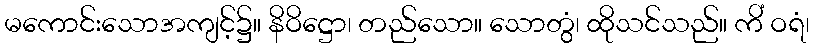
မကောင်းသောအကျင့်၌။ နိဝိဋ္ဌော၊ တည်သော။ သောတွံ၊ ထိုသင်သည်။ ကိံ ဝရံ၊